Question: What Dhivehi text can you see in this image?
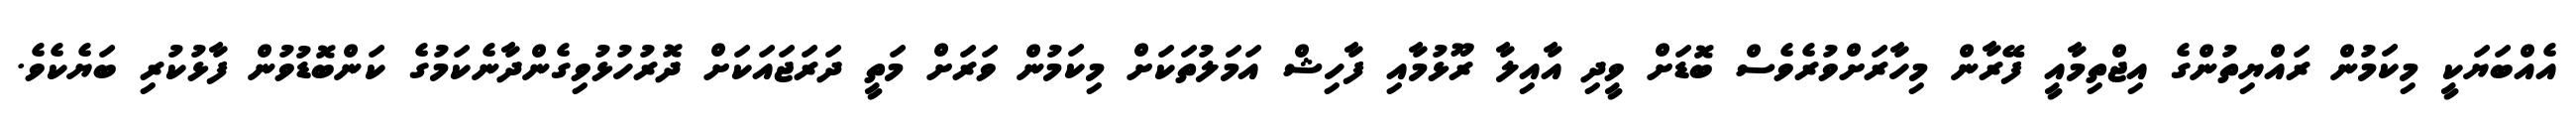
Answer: އެއްބަޔަކީ މިކަމުން ރައްޔިތުންގެ އިޖްތިމާއީ ފޭރާން މިހާރަށްވުރެވެސް ބޮޑަށް ވީދި އާއިލާ ރޫޅުމާއި ފާހިޝް އަމަލުތަކަށް މިކަމުން ވަރަށް މަތީ ދަރަޖައަކަށް ދޮރުހުޅުވިގެންދާނެކަމުގެ ކަންބޮޑުވުން ފާޅުކުރި ބަޔެކެވެ.